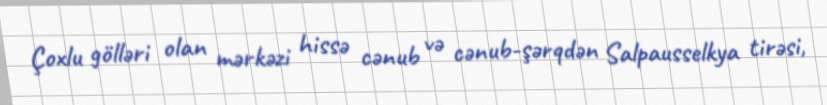
Çoxlu gölləri olan mərkəzi hissə cənub və cənub-şərqdən Salpausselkya tirəsi,